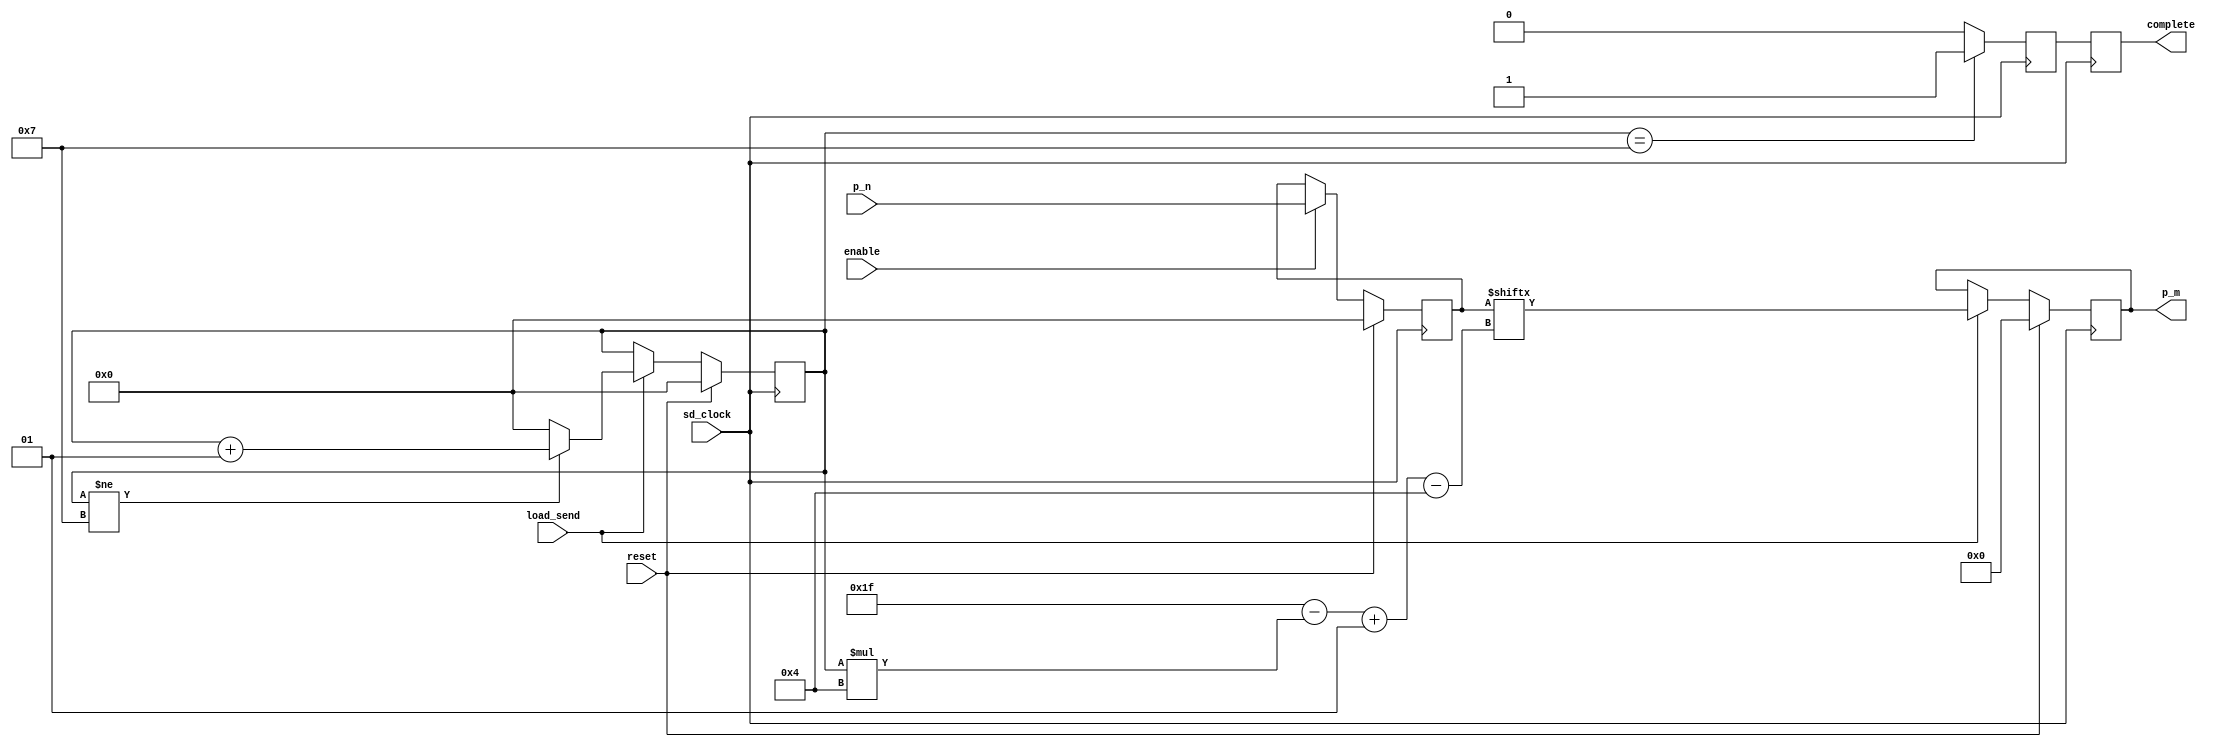
module n_m (enable, p_n, p_m, complete, reset, sd_clock, load_send);
	
	input           enable;			// Habilitacion de la carga (CCF)
	input           load_send;		// Enviar (1) cargar (0) (CCF)
	input [n-1 : 0] p_n;		// Trama por enviar (CMD)
	input           reset;
	input           sd_clock;

	output [m-1:0]p_m;				// Salida serializada (PAD)
	output complete;			// Transmision completa (CCF)

	wire           enable;
	wire           load_send;
	wire [n-1 : 0] p_n;
	wire           reset;
	wire           sd_clock;

	reg [m-1:0]p_m;
	reg complete;
	reg next_complete;

	integer count = 0;		
	parameter n = 32;
	parameter m = 4;
	reg [n-1:0] parallel_cargado;


	always @ (posedge sd_clock)
		begin
			if (reset) begin
				p_m <= 0;
				parallel_cargado <= 0;
			end else begin
				if (enable) begin
					parallel_cargado <= p_n;
				end else begin
					parallel_cargado <= parallel_cargado;
				end
				if (load_send) begin
					p_m <= parallel_cargado [n-1-count*m -: m];
				end else begin
					 p_m <= p_m;
				end
			end
		end
	
	always @ (negedge sd_clock)
		begin
			if(reset) begin
				count <= 0;
			end else begin
				if(load_send) begin
					if(count != n/m-1) begin
						count <= (count + 1);
					end else begin
						count <= 0;
					end 
				end	
			end
		end
	//complete signal generation
	always @ (posedge sd_clock)
		begin
			if (count == n/m-1) begin
				next_complete = 1'b1;
			end else begin
				next_complete = 1'b0;
			end
		end

	always @ (negedge sd_clock) begin
		complete <= next_complete;
	end

endmodule